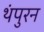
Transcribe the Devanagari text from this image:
थंपुरन